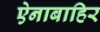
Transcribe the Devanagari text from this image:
ऐनाबाहिर